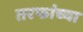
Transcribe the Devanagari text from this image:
तरफांच्या